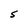
Character: S